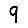
Digit: 9